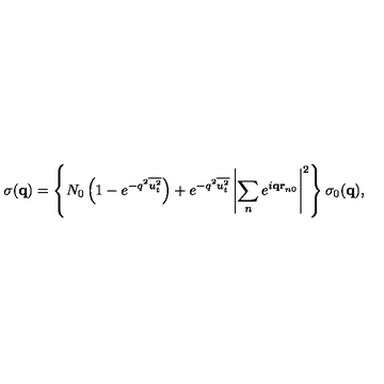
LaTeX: \sigma ( { \bf q } ) = \left\{ N _ { 0 } \left( 1 - e ^ { - q ^ { 2 } \overline { { u _ { t } ^ { 2 } } } } \right) + e ^ { - q ^ { 2 } \overline { { u _ { t } ^ { 2 } } } } \left| \sum _ { n } e ^ { i { \bf q r } _ { n 0 } } \right| ^ { 2 } \right\} \sigma _ { 0 } ( { \bf q } ) ,